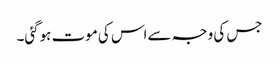
جس کی وجہ سےاس کی موت ہوگئی۔